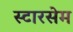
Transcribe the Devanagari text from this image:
स्टारसेम